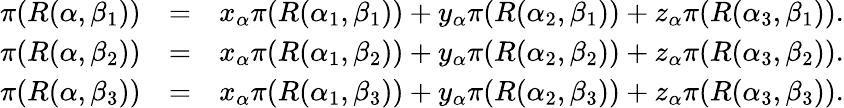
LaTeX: \begin{array}{rlr}{\pi(R(\alpha,\beta_{1}))}&{=}&{x_{\alpha}\pi(R(\alpha_{1},\beta_{1}))+y_{\alpha}\pi(R(\alpha_{2},\beta_{1}))+z_{\alpha}\pi(R(\alpha_{3},\beta_{1})).}\\ {\pi(R(\alpha,\beta_{2}))}&{=}&{x_{\alpha}\pi(R(\alpha_{1},\beta_{2}))+y_{\alpha}\pi(R(\alpha_{2},\beta_{2}))+z_{\alpha}\pi(R(\alpha_{3},\beta_{2})).}\\ {\pi(R(\alpha,\beta_{3}))}&{=}&{x_{\alpha}\pi(R(\alpha_{1},\beta_{3}))+y_{\alpha}\pi(R(\alpha_{2},\beta_{3}))+z_{\alpha}\pi(R(\alpha_{3},\beta_{3})).}\end{array}